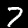
Label: 7